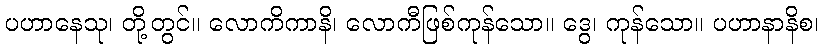
ပဟာနေသု၊ တို့တွင်။ လောကိကာနိ၊ လောကီဖြစ်ကုန်သော။ ဒွေ၊ ကုန်သော။ ပဟာနာနိစ၊